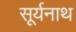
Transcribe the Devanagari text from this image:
सूर्यनाथ